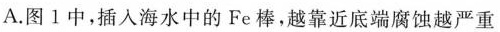
A.图1中，插入海水中的Fe棒，越靠近底端腐蚀越严重